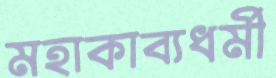
মহাকাব্যধর্মী